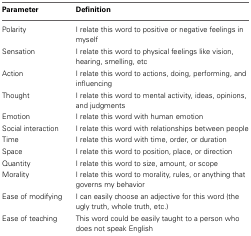
<table><thead><tr><td><b>Parameter</b></td><td><b>Definition</b></td></tr></thead><tbody><tr><td>Polarity</td><td>I relate this word to positive or negative feelings in myself</td></tr><tr><td>Sensation</td><td>I relate this word to physical feelings like vision, hearing, smelling, etc</td></tr><tr><td>Action</td><td>I relate this word to actions, doing, performing, and influencing</td></tr><tr><td>Thought</td><td>I relate this word to mental activity, ideas, opinions, and judgments</td></tr><tr><td>Emotion</td><td>I relate this word with human emotion</td></tr><tr><td>Social interaction</td><td>I relate this word with relationships between people</td></tr><tr><td>Time</td><td>I relate this word with time, order, or duration</td></tr><tr><td>Space</td><td>I relate this word to position, place, or direction</td></tr><tr><td>Quantity</td><td>I relate this word to size, amount, or scope</td></tr><tr><td>Morality</td><td>I relate this word to morality, rules, or anything that governs my behavior</td></tr><tr><td>Ease of modifying</td><td>I can easily choose an adjective for this word (the ugly truth, whole truth, etc.)</td></tr><tr><td>Ease of teaching</td><td>This word could be easily taught to a person who does not speak English</td></tr></tbody></table>